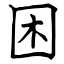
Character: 困